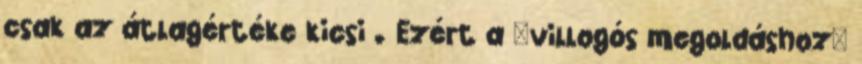
csak az átlagértéke kicsi . Ezért a "villogós megoldáshoz"